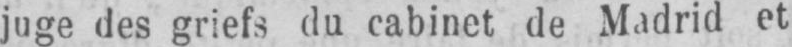
juge des griefs du cabinet de Madrid et